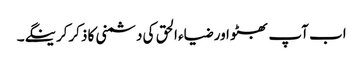
اب آپ بھٹو اور ضیاء الحق کی دشمنی کا ذکرکرینگے۔